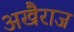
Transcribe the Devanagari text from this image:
अखैराज